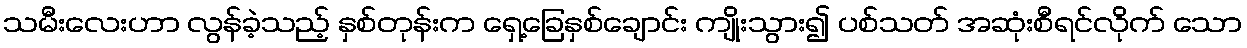
သမီးလေးဟာ လွန်ခဲ့သည့် နှစ်တုန်းက ရှေ့ခြေနှစ်ချောင်း ကျိုးသွား၍ ပစ်သတ် အဆုံးစီရင်လိုက် သော